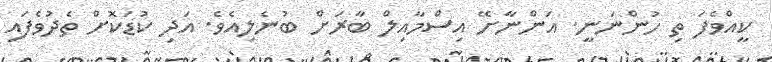
ކީއްވެފަ ތި ހުންނަނީ. އަންނާށޭ އިސްމާއިލް ބާރަށް ބުނެލިއެވެ. އަދި ކުޑަކޮށް ތެދުވެފައި